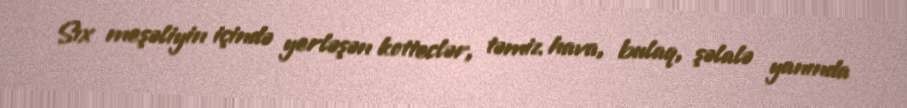
Sıx meşəliyin içində yerləşən kotteclər, təmiz hava, bulaq, şəlalə yanında